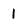
Character: 1